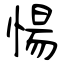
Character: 愓